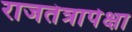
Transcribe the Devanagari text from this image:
राजतंत्रापेक्षा